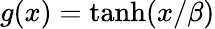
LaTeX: g(x)=\operatorname{tanh}(x/\beta)